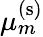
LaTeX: \mu_{m}^{\mathrm{(s)}}